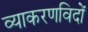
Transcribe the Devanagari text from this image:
व्याकरणविदों